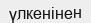
үлкенінен